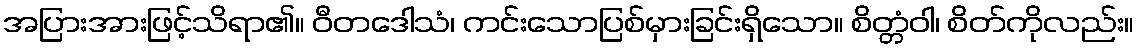
အပြားအားဖြင့်သိရာ၏။ ဝီတဒေါသံ၊ ကင်းသောပြစ်မှားခြင်းရှိသော။ စိတ္တံဝါ၊ စိတ်ကိုလည်း။